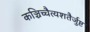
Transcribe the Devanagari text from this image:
कञ्चिच्चैत्यशतैर्जुष्ट